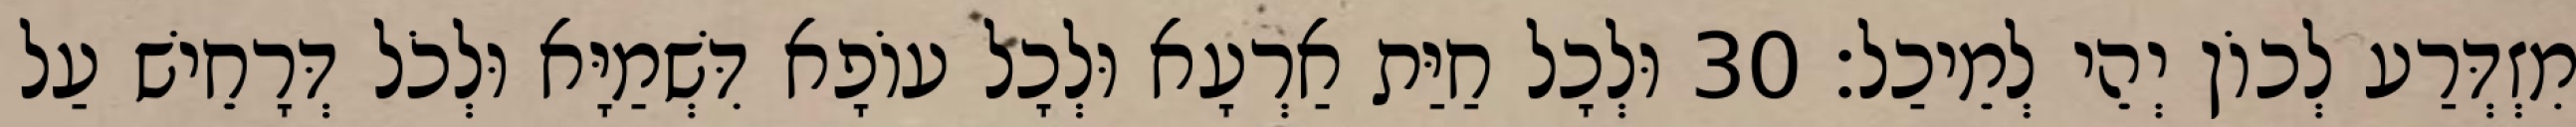
מִזְדְּרַע לְכוֹן יְהֵי לְמֵיכַל׃ 30 וּלְכָל חַיַּת אַרְעָא וּלְכָל עוֹפָא דִּשְׁמַיָּא וּלְכֹל דְּרָחֵישׁ עַל